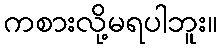
ကစားလို့မရပါဘူး။